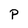
Character: P